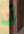
أنا